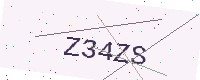
Text: Z34ZS